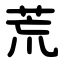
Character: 荒